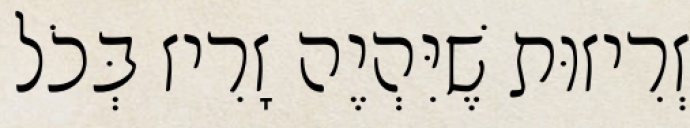
זְרִיזוּת שֶׁיִּהְיֶה זָרִיז בְּכֹל